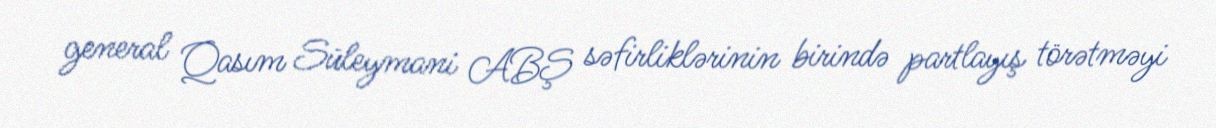
general Qasım Süleymani ABŞ səfirliklərinin birində partlayış törətməyi